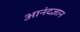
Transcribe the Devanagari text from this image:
आनंदज्ञान